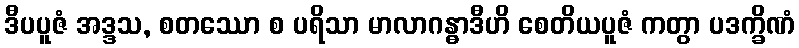
ဒီပပူဇံ အဒ္ဒသ, စတဿော စ ပရိသာ မာလာဂန္ဓာဒီဟိ စေတိယပူဇံ ကတွာ ပဒက္ခိဏံ